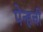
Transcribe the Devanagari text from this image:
पेन्हची